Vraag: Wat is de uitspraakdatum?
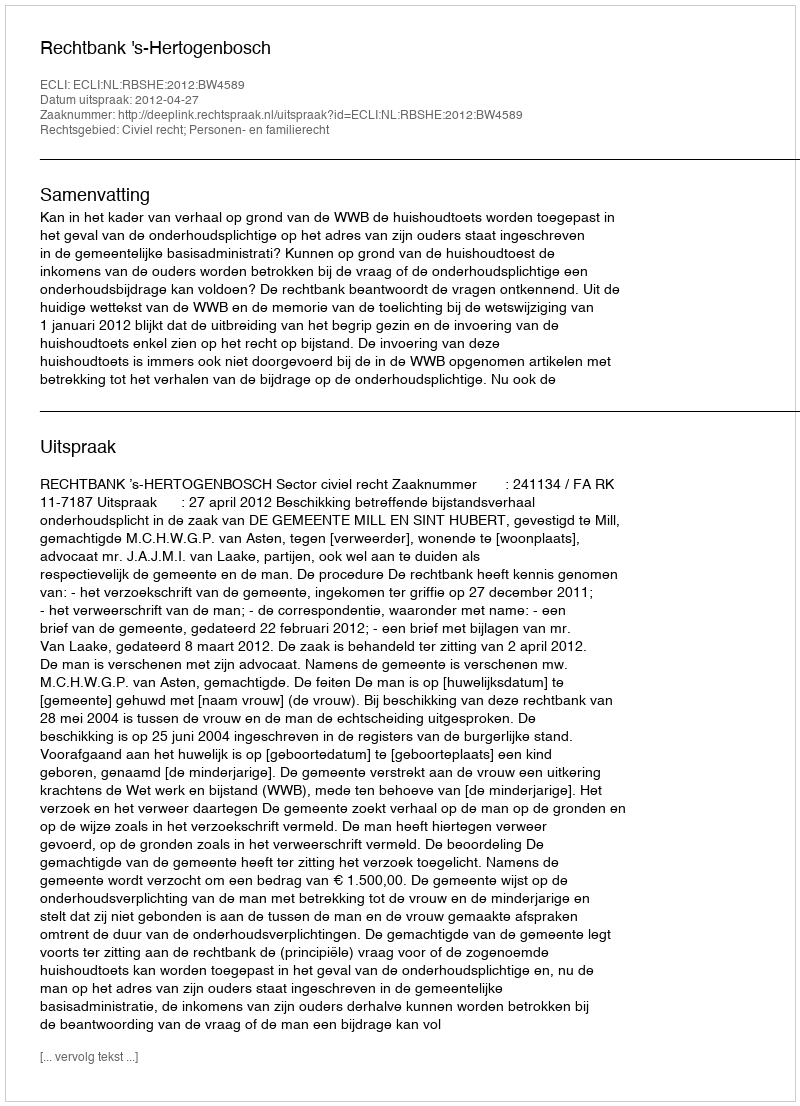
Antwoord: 2012-04-27